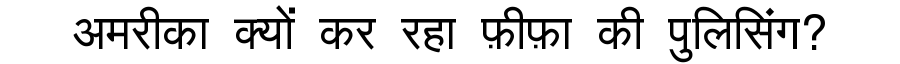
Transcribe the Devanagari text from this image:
अमरीका क्यों कर रहा फ़ीफ़ा की पुलिसिंग?